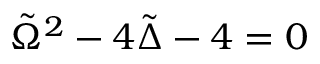
\tilde { \Omega } ^ { 2 } - 4 \tilde { \Delta } - 4 = 0